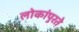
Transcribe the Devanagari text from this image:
लोकांपुरते